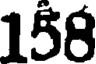
158